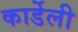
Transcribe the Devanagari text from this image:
कार्डेली